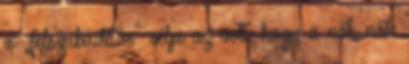
a „felszabadítás” célja az volt, hogy a nők nők